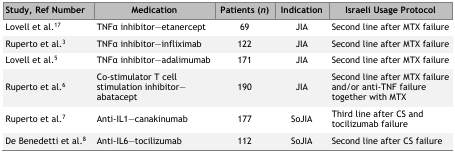
<table><thead><tr><td><b>Study, Ref Number</b></td><td><b>Medication</b></td><td><b>Patients (<i>n</i>)</b></td><td><b>Indication</b></td><td><b>Israeli Usage Protocol</b></td></tr></thead><tbody><tr><td>Lovell et al.17</td><td>TNFα inhibitor—etanercept</td><td>69</td><td>JIA</td><td>Second line after MTX failure</td></tr><tr><td>Ruperto et al.3</td><td>TNFα inhibitor—infliximab</td><td>122</td><td>JIA</td><td>Second line after MTX failure</td></tr><tr><td>Lovell et al.5</td><td>TNFα inhibitor—adalimumab</td><td>171</td><td>JIA</td><td>Second line after MTX failure</td></tr><tr><td>Ruperto et al.6</td><td>Co-stimulator T cell stimulation inhibitor—abatacept</td><td>190</td><td>JIA</td><td>Second line after MTX failure and/or anti-TNF failure together with MTX</td></tr><tr><td>Ruperto et al.7</td><td>Anti-IL1—canakinumab</td><td>177</td><td>SoJIA</td><td>Third line after CS and tocilizumab failure</td></tr><tr><td>De Benedetti et al.8</td><td>Anti-IL6—tocilizumab</td><td>112</td><td>SoJIA</td><td>Second line after CS failure</td></tr></tbody></table>